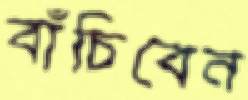
বাঁচিবেন